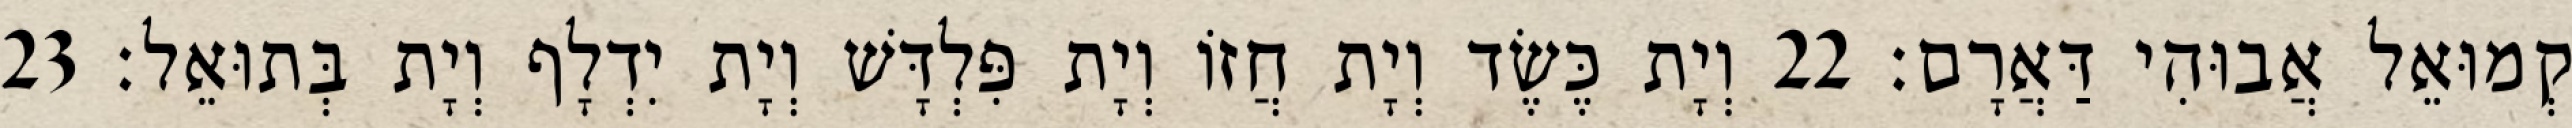
קְמוּאֵל אֲבוּהִי דַּאֲרָם׃ 22 וְיָת כֶּשֶׂד וְיָת חֲזוֹ וְיָת פִּלְדָּשׁ וְיָת יִדְלָף וְיָת בְּתוּאֵל׃ 23